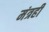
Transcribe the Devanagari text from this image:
मंत्रही